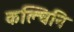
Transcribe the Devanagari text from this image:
कल्चिनि